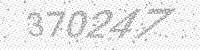
Solution: 370247